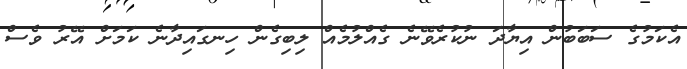
އެކަމުގެ ސަބަބުން އިޔާދަ ނުކުރެވޭނެ ގެއްލުމެއް ލިބިގެން ހިނގައިދާނެ ކަމަށް އޭރު ވެސް